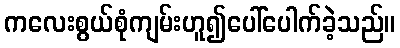
ကလေးစွယ်စုံကျမ်းဟူ၍ပေါ်ပေါက်ခဲ့သည်။